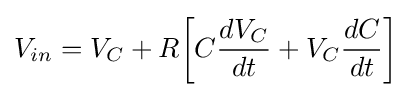
V_{in}=V_{C}+R{\bigg [}C{\frac {dV_{C}}{dt}}+V_{C}{\frac {dC}{dt}}{\bigg ]}